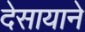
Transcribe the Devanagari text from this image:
देसायाने